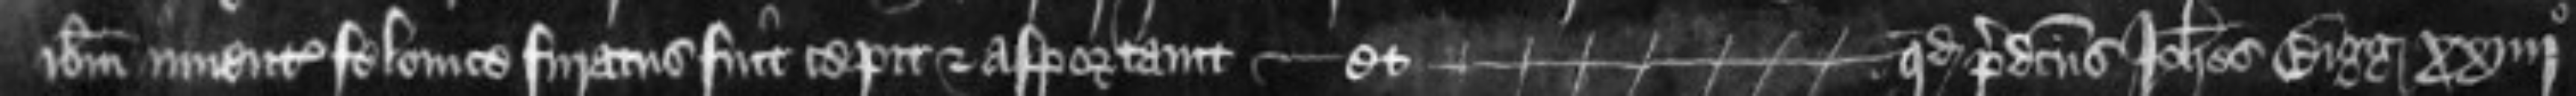
ibidem inventum felonice furatus fuit cepit et asportavit -- et quod predictus Johannes Bigg xxiiijo